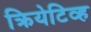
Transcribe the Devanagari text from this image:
क्रियेटिव्ह